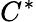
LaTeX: C^{*}